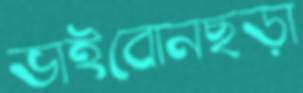
ভাইবোনছড়া